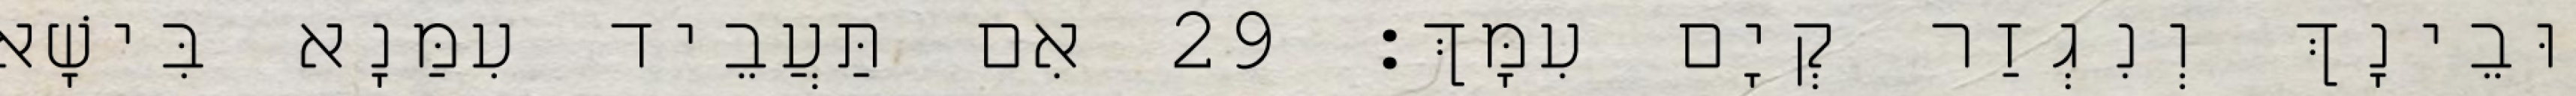
וּבֵינָךְ וְנִגְזַר קְיָם עִמָּךְ׃ 29 אִם תַּעֲבֵיד עִמַּנָא בִּישָׁא